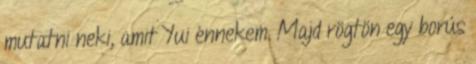
mutatni neki, amit Yui énnekem. Majd rögtön egy borús